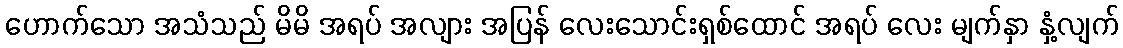
ဟောက်သော အသံသည် မိမိ အရပ် အလျား အပြန် လေးသောင်းရှစ်ထောင် အရပ် လေး မျက်နှာ နှံ့လျက်